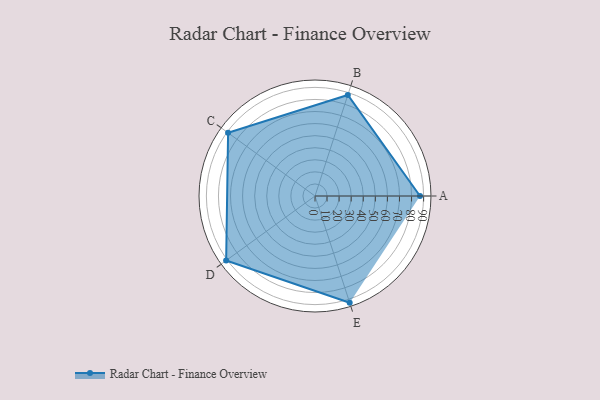
{"axis": {"x": "Skill", "y": "Score"}, "legend": ["Profile"], "data": [{"x": "A", "y": 87.0, "type": "Profile"}, {"x": "B", "y": 88.0, "type": "Profile"}, {"x": "C", "y": 89.0, "type": "Profile"}, {"x": "D", "y": 91.0, "type": "Profile"}, {"x": "E", "y": 93.0, "type": "Profile"}]}